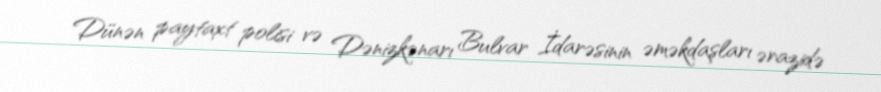
Dünən paytaxt polisi və Dənizkənarı Bulvar İdarəsinin əməkdaşları ərazidə